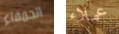
الحمقاء عملاء